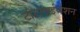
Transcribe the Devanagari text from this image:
टोटलाईजेशन